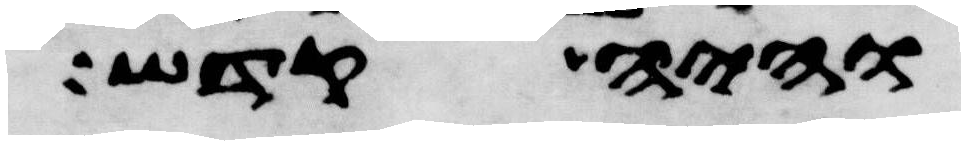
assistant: והיה קדש